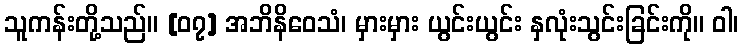
သူကန်းတို့သည်။ [၀၇] အဘိနိဝေသံ၊ မှားမှား ယွင်းယွင်း နှလုံးသွင်းခြင်းကို။ ဝါ၊